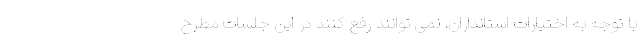
با توجه به اختیارات استانداران، نمی توانند رفع کنند در این جلسات مطرح